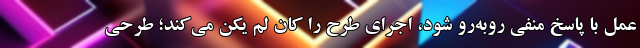
عمل با پاسخ منفی روبه‌رو شود، اجرای طرح را کان لم یکن می‌کند؛ طرحی